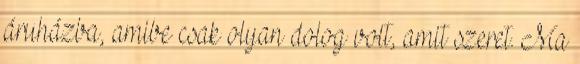
áruházba, amibe csak olyan dolog volt, amit szeret. Ma